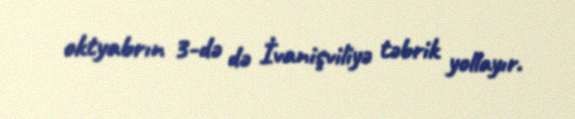
oktyabrın 3-də də İvanişviliyə təbrik yollayır.